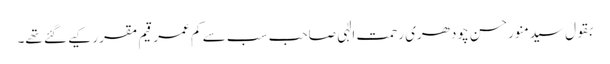
بقول سیدمنورحسن چودھری رحمت الٰہی صاحب سب سے کم عمر قیم مقرر کیے گئے تھے۔